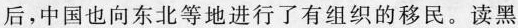
后，中国也向东北等地进行了有组织的移民。读黑